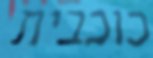
כוכבית